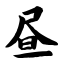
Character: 昼